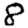
Digit: 8